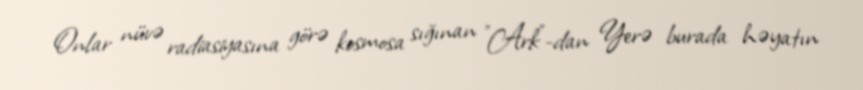
Onlar nüvə radiasiyasına görə kosmosa sığınan "Ark"-dan Yerə burada həyatın